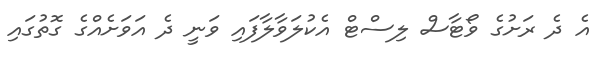
އެ ދެ ރަށުގެ ވޯޓާސް ލިސްޓް އެކުލަވާލާފައި ވަނީ ދެ އަވަށެއްގެ ގޮތުގައި